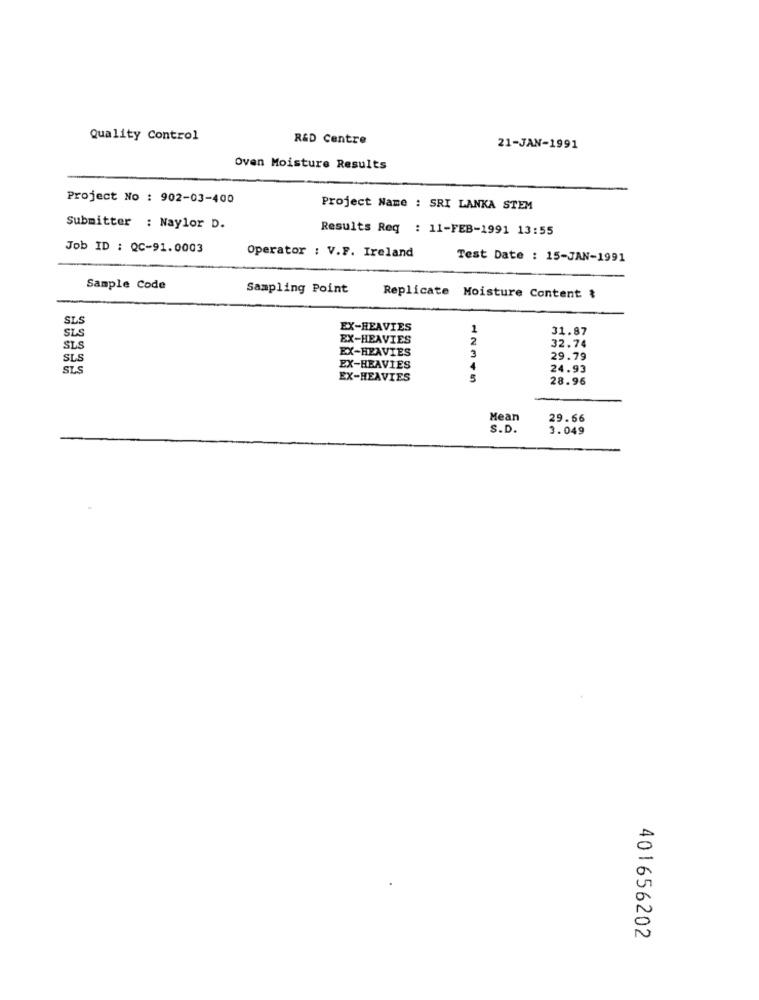
Quality Control
R&D Centre
21-JAN-1991
Oven Moisture Results
Project No : 902-03-400
Project Name : SRI LANKA STEM
Submitter : Naylor D.
Results Reg : 11-FEB-1991 13:55
Job ID : QC-91.0003
Operator : V.F. Ireland
Test Date : 15-JAN-1991
Sample Code
Sampling Point
Replicate Moisture Content &
SLS
SLS
EX-HEAVIES
1
31.87
EX-HEAVIES
32.74
SLS
EX-HEAVIES
3
SLS
29.79
SLS
EX-HEAVIES
4
24.93
EX-HEAVIES
3
28.96
Mean
29.66
S.D.
3.049
401656202